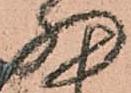
細